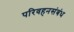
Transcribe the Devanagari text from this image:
परिवहनसंबंध